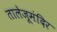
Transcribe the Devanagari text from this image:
तालेजूमंदिर